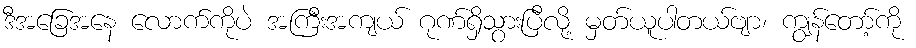
ဒီအခြေအနေ လောက်ကိုပဲ အကြီးအကျယ် ဂုဏ်ရှိသွားပြီလို့ မှတ်ယူပါတယ်ဗျာ၊ ကျွန်တော့်ကို